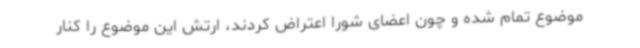
موضوع تمام شده و چون اعضای شورا اعتراض کردند، ارتش این موضوع را کنار